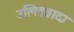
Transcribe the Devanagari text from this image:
उल्लिवादा